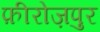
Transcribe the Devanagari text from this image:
फ़ीरोज़पुर